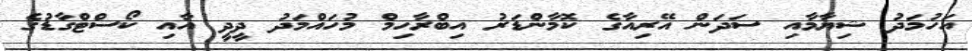
އަހުމަދު ޝިޔާމާއި ސަދަން އޭރިއާގެ ކޮމާންޑަރު އިބްރާހިމް މުހައްމަދު ދީދީ އާއި ކޯސްޓްގާޑުގެ